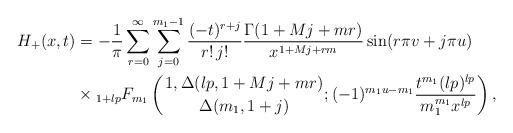
\begin{align*}H_{+}(x, t) &= -\frac{1}{\pi} \sum_{r=0}^{\infty} \sum_{j=0}^{m_{1}-1} \frac{(-t)^{r+j}}{r!\, j!} \frac{\Gamma(1 + Mj + mr)}{x^{1 + Mj + rm}} \sin(r\pi v + j\pi u) \\& \times {_{1+lp} F_{m_{1}}}\left({1, \Delta(lp, 1+ Mj + mr) \atop \Delta(m_{1}, 1 + j)}; (-1)^{m_{1}u - m_{1}} \frac{t^{m_{1}} (lp)^{lp}}{m_{1}^{m_{1}} x^{lp}}\right),\end{align*}